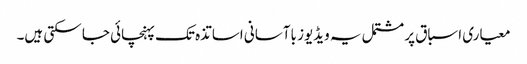
معیاری اسباق پر مشتمل یہ ویڈیوز باآسانی اساتذہ تک پہنچائی جا سکتی ہیں۔